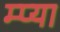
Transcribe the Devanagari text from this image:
म्प्या